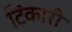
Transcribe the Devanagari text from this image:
टिकारी